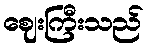
ဈေးကြီးသည်